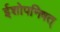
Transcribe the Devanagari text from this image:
ईशोपनिषत्